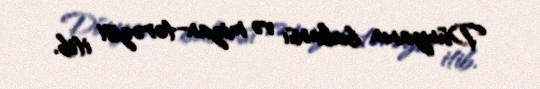
Dünyanın balansı və mizan-tərəzisi itib.